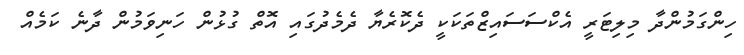
ހިންގަމުންދާ މިލިޓަރީ އެކްސަސައިޒްތަކަކީ ދެކޮރެޔާ ދެމެދުގައި އޮތް ގުޅުން ހަނިވަމުން ދާނެ ކަމެއް